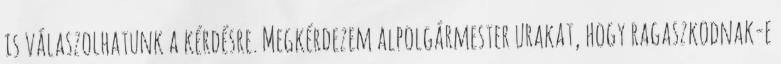
is válaszolhatunk a kérdésre. Megkérdezem alpolgármester urakat, hogy ragaszkodnak-e